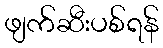
ဖျက်ဆီးပစ်ရန်